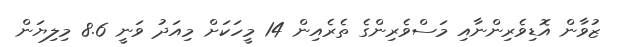
ޒުވާން އޮޑިވެރިންނާއި މަސްވެރިންގެ ތެރެއިން 14 މީހަކަށް މިއަދު ވަނީ 8.6 މިލިޔަން